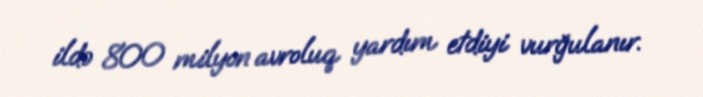
ildə 800 milyon avroluq yardım etdiyi vurğulanır.